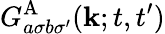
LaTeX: G_{a\sigma b\sigma^{\prime}}^{\textrm{A}}(\mathbf{k};t,t^{\prime})